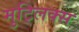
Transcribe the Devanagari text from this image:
मुट्लिक्स